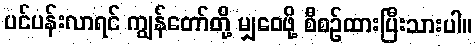
ပင်ပန်းလာရင် ကျွန်တော်တို့ မျှဝေဖို့ စီစဉ်ထားပြီးသားပါ။